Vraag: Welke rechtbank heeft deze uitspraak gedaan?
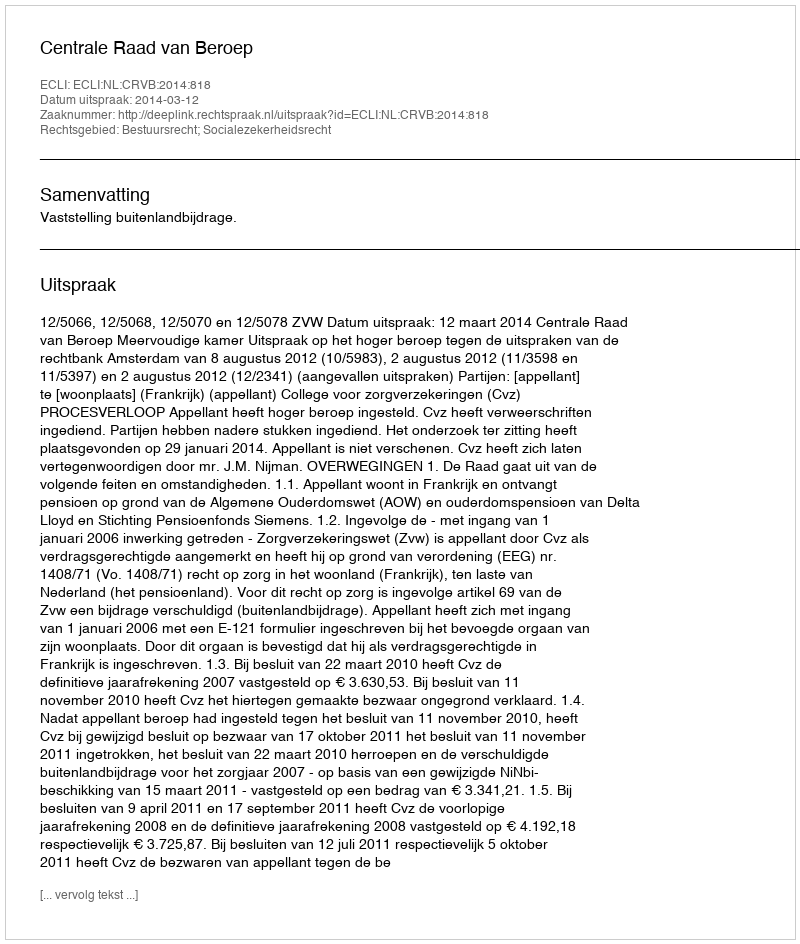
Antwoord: Centrale Raad van Beroep